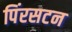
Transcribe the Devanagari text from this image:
पिंरसटन